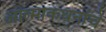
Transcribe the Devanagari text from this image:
आत्माकथनांचे